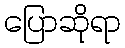
ပြောဆိုရာ